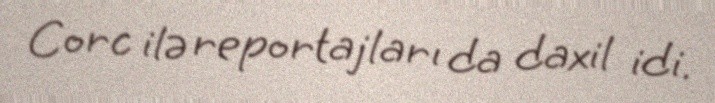
Corc ilə reportajları da daxil idi.